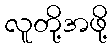
လူတို့အဖို့